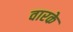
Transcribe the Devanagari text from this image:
वारके